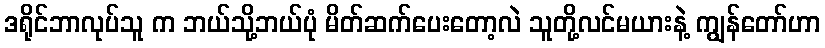
ဒရိုင်ဘာလုပ်သူ က ဘယ်သို့ဘယ်ပုံ မိတ်ဆက်ပေးတော့လဲ သူတို့လင်မယားနဲ့ ကျွန်တော်ဟာ